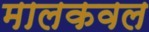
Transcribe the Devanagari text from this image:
मालकवल